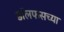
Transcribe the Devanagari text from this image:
डॉलफसच्या